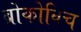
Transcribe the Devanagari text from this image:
ब्रोकोविच